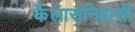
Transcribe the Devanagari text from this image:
कैलासनिवासी